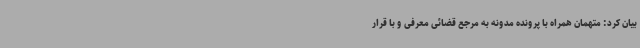
بیان کرد: متهمان همراه با پرونده مدونه به مرجع قضائی معرفی و با قرار